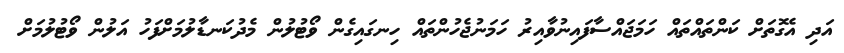
އަދި އެގޮތަށް ކަންތައްތައް ހަމަޖައްސާފައިނުވާއިރު ހަމަނުޖެހުންތައް ހިނގައިގެން ވޯޓުލުން މެދުކަނޑާލުމަށްފަހު އަލުން ވޯޓުލުމަށް